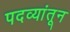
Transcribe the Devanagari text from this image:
पदव्यांतून